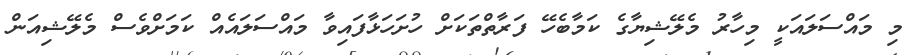
މި މައްސަލައަކީ މިހާރު މެލޭޝިޔާގެ ކަމާބެހޭ ފަރާތްތަކަށް ހުށަހަޅާފައިވާ މައްސަލައެއް ކަމަށްވެސް މެލޭޝިއަން